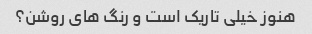
هنوز خیلی تاریک است و رنگ های روشن؟